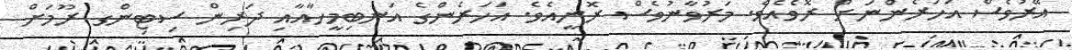
އޭރުވެސް އަހަރެންނަށް ރޮވެއެވެ. މަރުވާނުވެސް ރޮނީއެވެ. އަހަރެންގެ އަނބިމީހާއާއި ދަރިން ސިޓިންގ ރޫމަށް